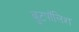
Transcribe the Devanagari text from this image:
बुटपॉलिश